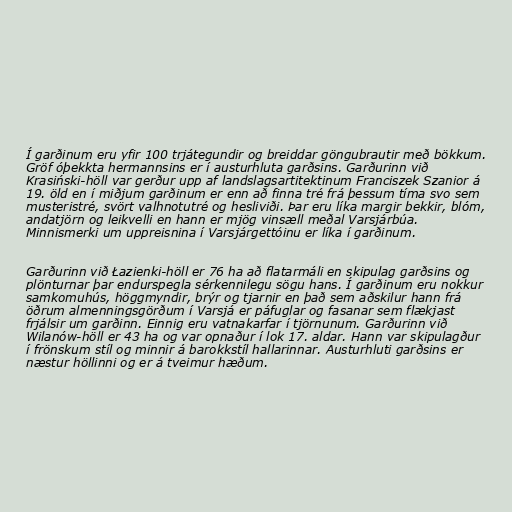
Í garðinum eru yfir 100 trjátegundir og breiddar göngubrautir með bökkum.
Gröf óþekkta hermannsins er í austurhluta garðsins. Garðurinn við
Krasiński-höll var gerður upp af landslagsartitektinum Franciszek Szanior á
19. öld en í miðjum garðinum er enn að finna tré frá þessum tíma svo sem
musteristré, svört valhnotutré og hesliviði. Þar eru líka margir bekkir, blóm,
andatjörn og leikvelli en hann er mjög vinsæll meðal Varsjárbúa.
Minnismerki um uppreisnina í Varsjárgettóinu er líka í garðinum.

Garðurinn við Łazienki-höll er 76 ha að flatarmáli en skipulag garðsins og
plönturnar þar endurspegla sérkennilegu sögu hans. Í garðinum eru nokkur
samkomuhús, höggmyndir, brýr og tjarnir en það sem aðskilur hann frá
öðrum almenningsgörðum í Varsjá er páfuglar og fasanar sem flækjast
frjálsir um garðinn. Einnig eru vatnakarfar í tjörnunum. Garðurinn við
Wilanów-höll er 43 ha og var opnaður í lok 17. aldar. Hann var skipulagður
í frönskum stíl og minnir á barokkstíl hallarinnar. Austurhluti garðsins er
næstur höllinni og er á tveimur hæðum.